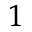
^ { 1 }